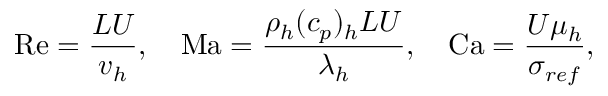
\mathrm { R e } = \frac { L U } { v _ { h } } , \quad \mathrm { M a } = \frac { \rho _ { h } ( c _ { p } ) _ { h } L U } { \lambda _ { h } } , \quad \mathrm { C a } = \frac { U \mu _ { h } } { \sigma _ { { r e f } } } ,